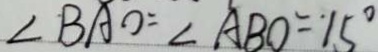
\angle B A O = \angle A B O = 1 5 ^ { \circ }